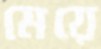
মেয়ে